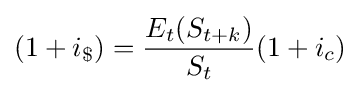
(1+i_{\$})={\frac {E_{t}(S_{t+k})}{S_{t}}}(1+i_{c})